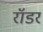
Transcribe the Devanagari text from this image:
रॉडर